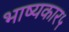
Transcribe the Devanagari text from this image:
भाष्यकार५